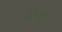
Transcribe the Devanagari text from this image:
लैदर